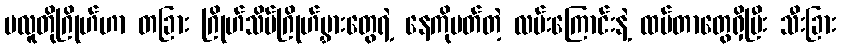
ပလူတိုဂြိုဟ်ဟာ တခြား ဂြိုဟ်သိမ်ဂြိုဟ်မွှားတွေရဲ့ နေကိုပတ်တဲ့ လမ်းကြောင်းနဲ့ ထပ်တာတွေရှိပြီး သီးခြား